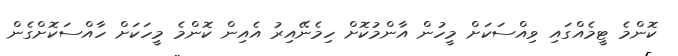
ކޮންމެ ޓީމެއްގައި ވިއްސަކަށް މީހުން އާންމުކޮށް ހިމެނޭއިރު އެއިން ކޮންމެ މީހަކަށް ހާއްސަކޮށްގެން